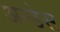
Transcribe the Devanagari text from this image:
अन्डेस